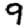
Digit: 9